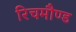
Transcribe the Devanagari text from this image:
रिचमौण्ड